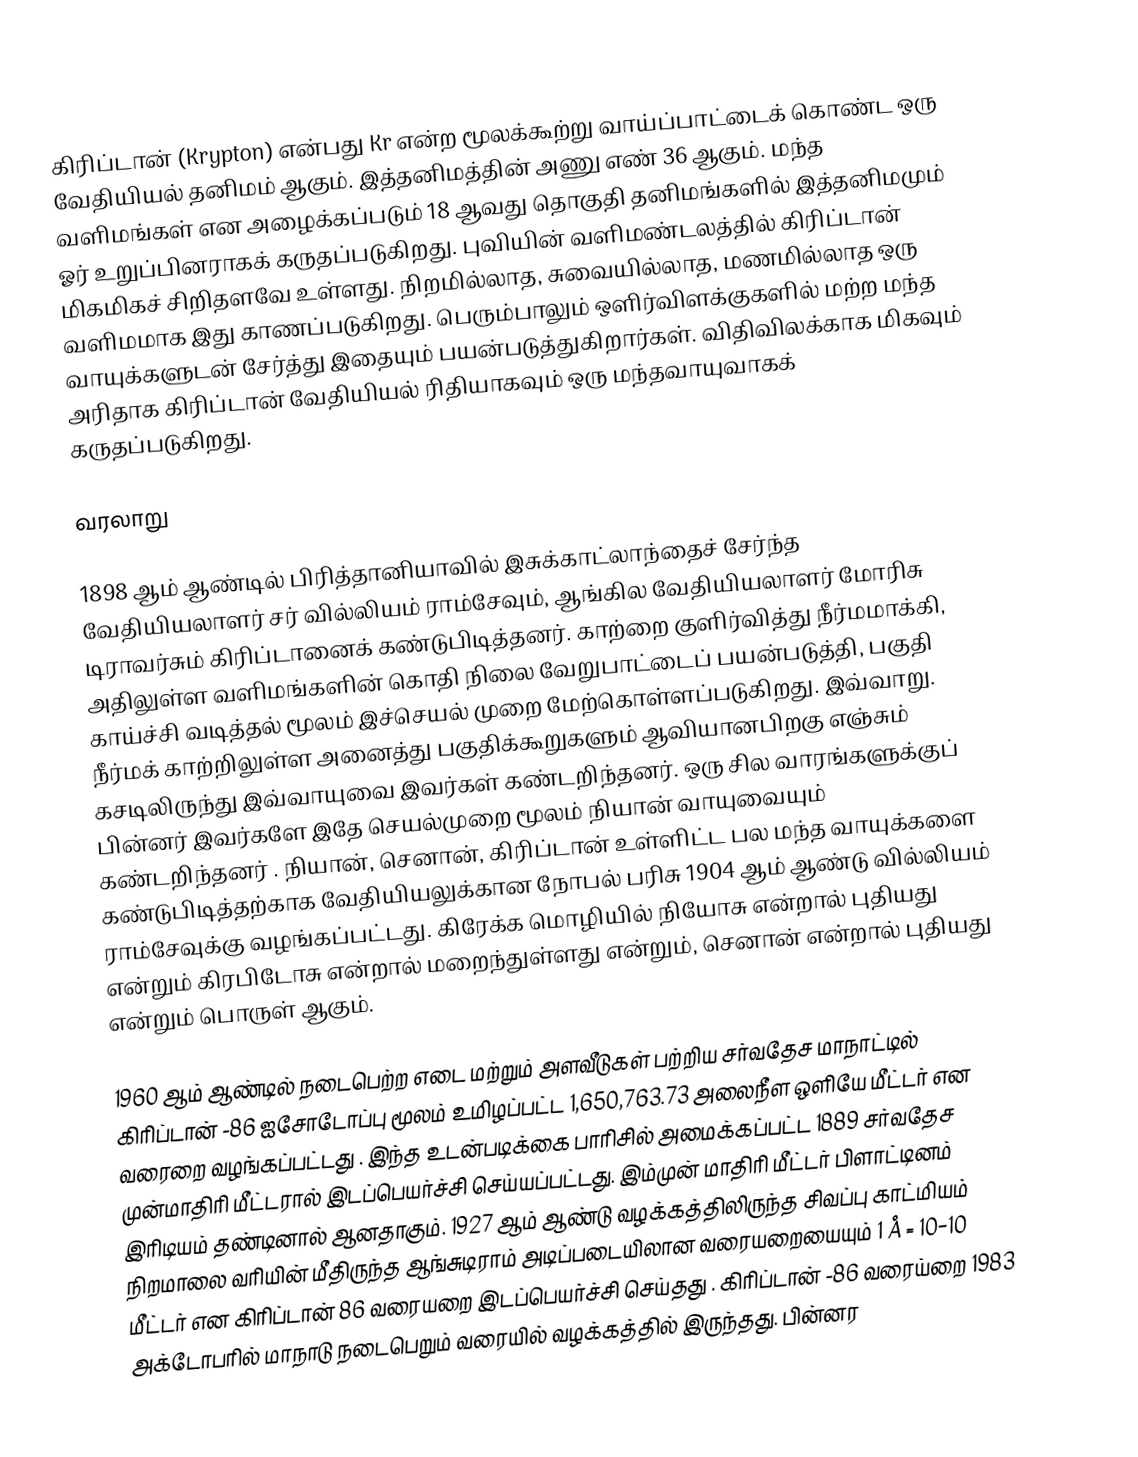
கிரிப்டான் (Krypton) என்பது Kr என்ற மூலக்கூற்று வாய்ப்பாட்டைக் கொண்ட ஒரு வேதியியல் தனிமம் ஆகும். இத்தனிமத்தின் அணு எண் 36 ஆகும். மந்த வளிமங்கள் என அழைக்கப்படும் 18 ஆவது தொகுதி தனிமங்களில் இத்தனிமமும் ஓர் உறுப்பினராகக் கருதப்படுகிறது. புவியின் வளிமண்டலத்தில் கிரிப்டான் மிகமிகச் சிறிதளவே உள்ளது. நிறமில்லாத, சுவையில்லாத, மணமில்லாத ஒரு வளிமமாக இது காணப்படுகிறது. பெரும்பாலும் ஒளிர்விளக்குகளில் மற்ற மந்த வாயுக்களுடன் சேர்த்து இதையும் பயன்படுத்துகிறார்கள். விதிவிலக்காக மிகவும் அரிதாக கிரிப்டான் வேதியியல் ரிதியாகவும் ஒரு மந்தவாயுவாகக் கருதப்படுகிறது.

வரலாறு

1898 ஆம் ஆண்டில் பிரித்தானியாவில் இசுக்காட்லாந்தைச் சேர்ந்த வேதியியலாளர் சர் வில்லியம் ராம்சேவும்,  ஆங்கில வேதியியலாளர் மோரிசு டிராவர்சும் கிரிப்டானைக் கண்டுபிடித்தனர். காற்றை குளிர்வித்து நீர்மமாக்கி, அதிலுள்ள வளிமங்களின் கொதி நிலை வேறுபாட்டைப் பயன்படுத்தி, பகுதி காய்ச்சி வடித்தல் மூலம் இச்செயல் முறை மேற்கொள்ளப்படுகிறது. இவ்வாறு. நீர்மக் காற்றிலுள்ள அனைத்து பகுதிக்கூறுகளும் ஆவியானபிறகு எஞ்சும் கசடிலிருந்து இவ்வாயுவை இவர்கள் கண்டறிந்தனர். ஒரு சில வாரங்களுக்குப் பின்னர் இவர்களே இதே செயல்முறை மூலம் நியான் வாயுவையும் கண்டறிந்தனர் . நியான், செனான், கிரிப்டான் உள்ளிட்ட பல மந்த வாயுக்களை கண்டுபிடித்தற்காக வேதியியலுக்கான நோபல் பரிசு 1904 ஆம் ஆண்டு வில்லியம் ராம்சேவுக்கு வழங்கப்பட்டது. கிரேக்க மொழியில் நியோசு என்றால் புதியது என்றும் கிரபிடோசு என்றால் மறைந்துள்ளது என்றும், செனான் என்றால் புதியது என்றும் பொருள் ஆகும்.

1960 ஆம் ஆண்டில் நடைபெற்ற எடை மற்றும் அளவீடுகள் பற்றிய சர்வதேச மாநாட்டில்  கிரிப்டான்  -86 ஐசோடோப்பு மூலம் உமிழப்பட்ட 1,650,763.73 அலைநீள ஒளியே மீட்டர் என வரைறை வழங்கப்பட்டது . இந்த உடன்படிக்கை பாரிசில் அமைக்கப்பட்ட 1889 சர்வதேச முன்மாதிரி மீட்டரால் இடப்பெயர்ச்சி செய்யப்பட்டது. இம்முன் மாதிரி மீட்டர் பிளாட்டினம் இரிடியம் தண்டினால் ஆனதாகும். 1927 ஆம் ஆண்டு வழக்கத்திலிருந்த சிவப்பு காட்மியம் நிறமாலை வரியின் மீதிருந்த ஆங்சுடிராம் அடிப்படையிலான வரையறையையும்  1 Å = 10−10 மீட்டர் என கிரிப்டான் 86 வரையறை  இடப்பெயர்ச்சி செய்தது . கிரிப்டான் -86 வரைய்றை 1983 அக்டோபரில் மாநாடு நடைபெறும் வரையில் வழக்கத்தில் இருந்தது. பின்னர